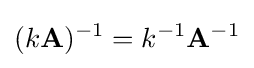
(k\mathbf {A} )^{-1}=k^{-1}\mathbf {A} ^{-1}